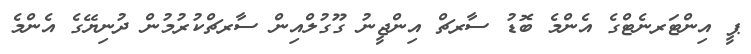
ޕީ އިންޓަރނެޓްގެ އެންމެ ބޮޑު ސާރޗް އިންޖީނު ގޫގުލްއިން ސާރޗްކުރުމުން ދުނިޔޭގެ އެންމެ